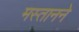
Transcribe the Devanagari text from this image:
मस्तानने